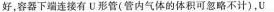
好，容器下端连接有U。形管(管内气体的体积可忽略不计)，U